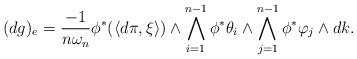
LaTeX: \begin{align*} (dg)_{e}=\frac{-1}{n\omega_n}\phi^*(\langle d\pi,\xi\rangle)\wedge\bigwedge_{i=1}^{n-1}\phi^*\theta_i \wedge \bigwedge_{j=1}^{n-1}\phi^*\varphi_j\wedge dk.\end{align*}